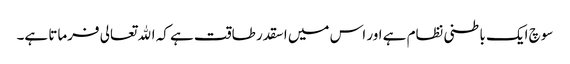
سوچ ایک باطنی نظام ہے اور اس میں اسقدر طاقت ہے کہ الله تعالی فرماتا ہے۔